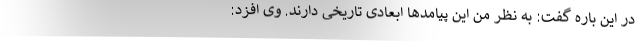
در این باره گفت: به نظر من این پیامدها ابعادی تاریخی دارند. وی افزد: